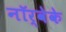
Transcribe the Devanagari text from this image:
नॉर्वेके